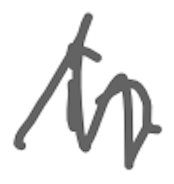
Text: in
Cross-out: zig-zag
Writing tool: digital_gray